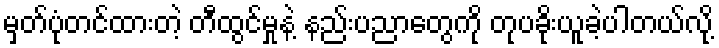
မှတ်ပုံတင်ထားတဲ့ တီထွင်မှုနဲ့ နည်းပညာတွေကို တုပခိုးယူခဲ့ပါတယ်လို့